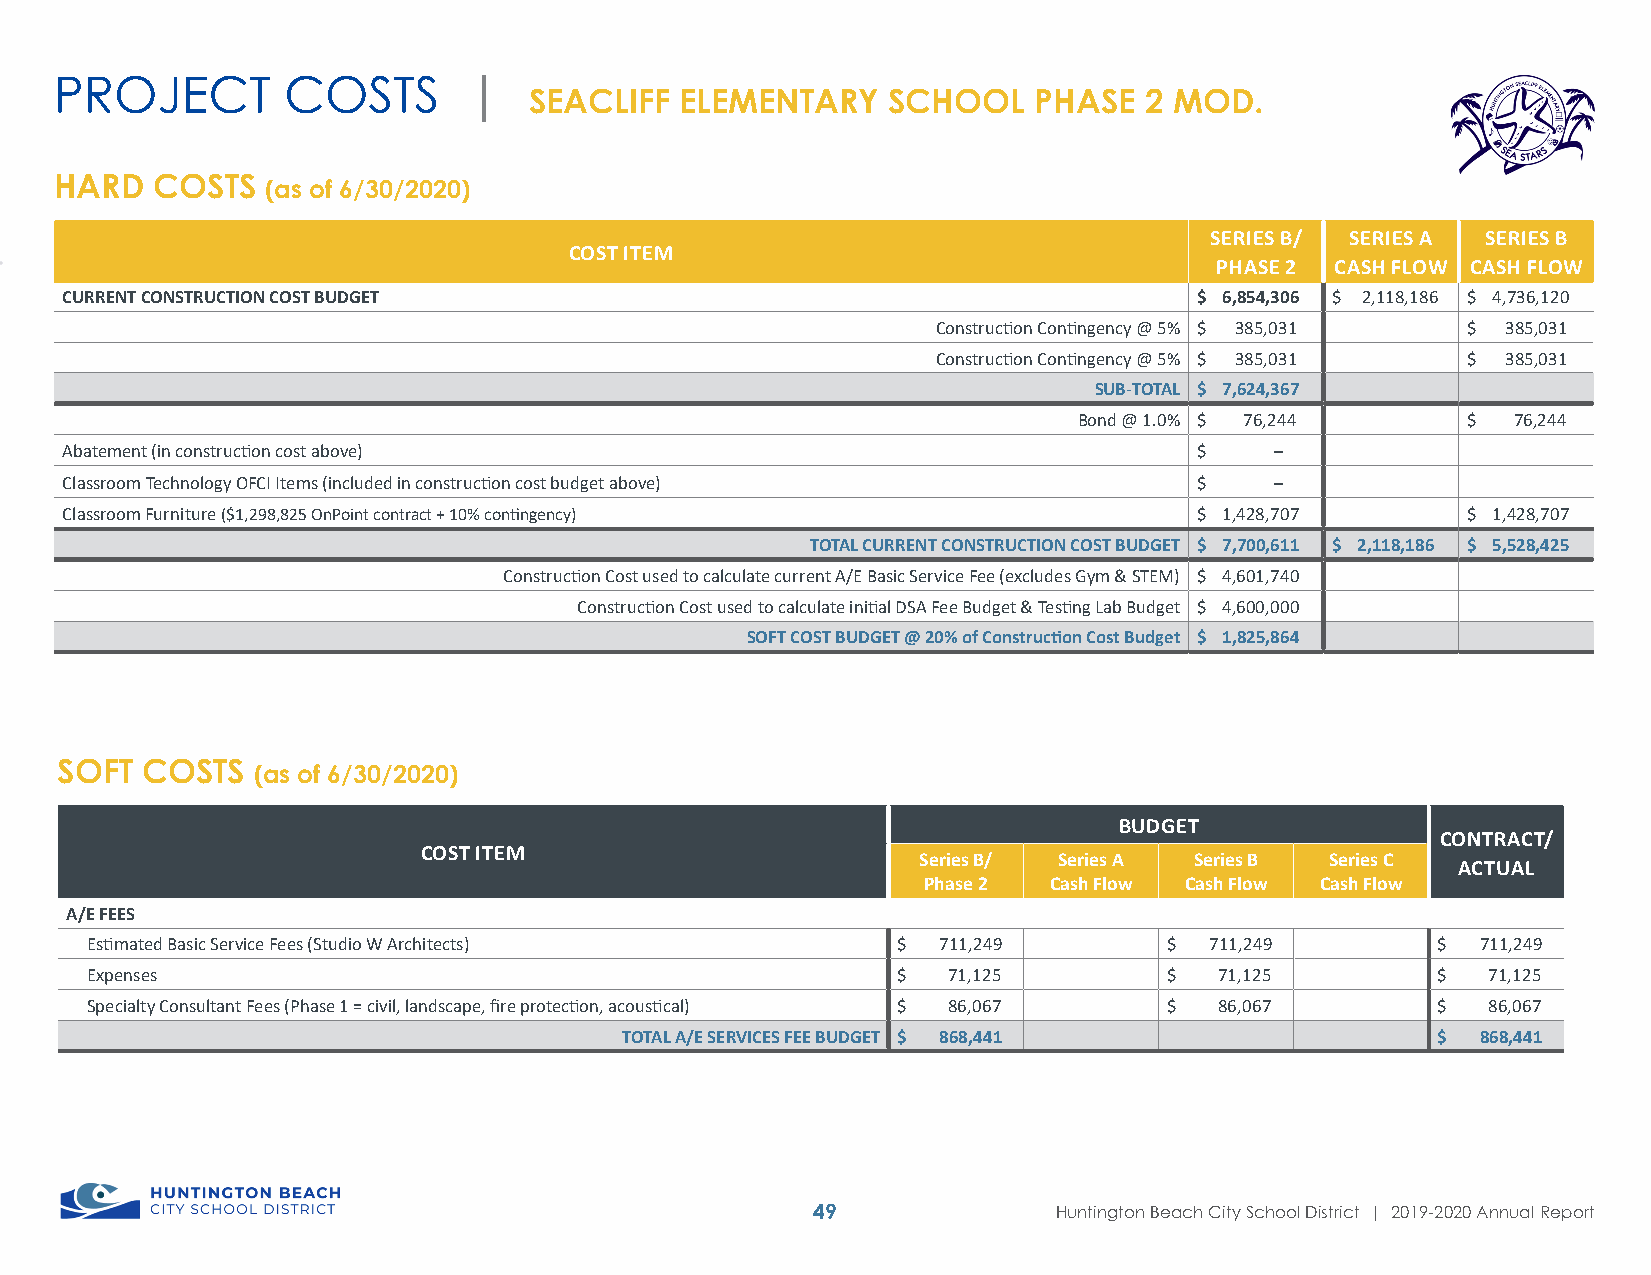
PROJECT        COSTS       |
 SEACLIFF  ELEMENTARY    SCHOOL   PHASE   2 MOD.
 HARD  COSTS   (as of 6/30/2020)
 SERIES B/ SERIES A SERIES B
 COST ITEM
 PHASE 2 CASH FLOW CASH FLOW
 CURRENT CONSTRUCTION COST BUDGET                                           $ 6,854,306 $ 2,118,186 $ 4,736,120
 Construction Contingency @ 5% $ 385,031 $ 385,031
 Construction Contingency @ 5% $ 385,031 $ 385,031
 SUB-TOTAL $ 7,624,367
 Bond @ 1.0% $ 76,244      $  76,244
 Abatement (in construction cost above)                                     $    –
 Classroom Technology OFCI Items (included in construction cost budget above) $  –
 Classroom Furniture ($1,298,825 OnPoint contract + 10% contingency)        $ 1,428,707       $ 1,428,707
 TOTAL CURRENT CONSTRUCTION COST BUDGET $ 7,700,611 $ 2,118,186 $ 5,528,425
 Construction Cost used to calculate current A/E Basic Service Fee (excludes Gym & STEM) $ 4,601,740
 Construction Cost used to calculate initial DSA Fee Budget & Testing Lab Budget $ 4,600,000
 SOFT COST BUDGET @ 20% of Construction Cost Budget $ 1,825,864
 SOFT COSTS   (as of 6/30/2020)
 BUDGET
 CONTRACT/
 COST ITEM
 Series B/ Series A Series B Series C
 ACTUAL
 Phase 2 Cash Flow Cash Flow Cash Flow
 A/E FEES
 Estimated Basic Service Fees (Studio W Architects)   $  711,249        $  711,249        $  711,249
 Expenses                                             $   71,125        $   71,125        $   71,125
 Specialty Consultant Fees (Phase 1 = civil, landscape, fire protection, acoustical) $ 86,067 $ 86,067 $ 86,067
 TOTAL A/E SERVICES FEE BUDGET $ 868,441               $  868,441
 49              Huntington Beach City School District | 2019-2020 Annual Report